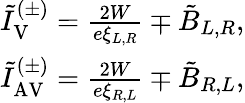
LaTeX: \begin{array}{r}{\tilde{I}_{\mathrm{V}}^{(\pm)}=\frac{2W}{e\xi_{L,R}}\mp\tilde{B}_{L,R},}\\ {\tilde{I}_{\mathrm{AV}}^{(\pm)}=\frac{2W}{e\xi_{R,L}}\mp\tilde{B}_{R,L},}\end{array}